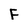
Character: F